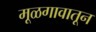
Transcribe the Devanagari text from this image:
मूळगावातून